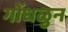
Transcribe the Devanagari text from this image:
गोंधळुन